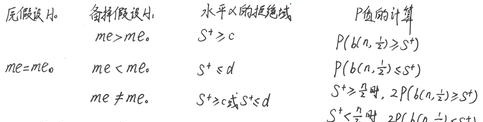
|  | 备择假设 \(H_1\) | 水平 \(\alpha\) 的拒绝域 | \(P\) 值的计算 |
| ---- | ---- | ---- | ---- |
| \(me = m\tilde{e}\) | \(me>m\tilde{e}\) | \(S^+>c\) | \(P(b(n,\frac{1}{2})\geqslant S^+)\) |
|  | \(me<m\tilde{e}\) | \(S^+\leqslant d\) | \(P(b(n,\frac{1}{2})\leqslant S^+)\) |
|  | \(me\neq m\tilde{e}\) | \(S^+>c或S^+\leqslant d\) | \(S^+>\frac{n}{2}\) 时, \(2P(b(n,\frac{1}{2})\geqslant S^+)\) |